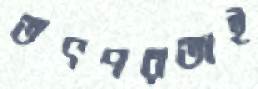
তৎপরতাই